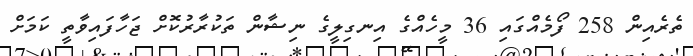
ތެރެއިން 258 ފޯމެއްގައި 36 މީހެއްގެ އިނގިލީގެ ނިޝާން ތަކުރާރުކޮށް ޖަހާފައިވާތީ ކަމަށް